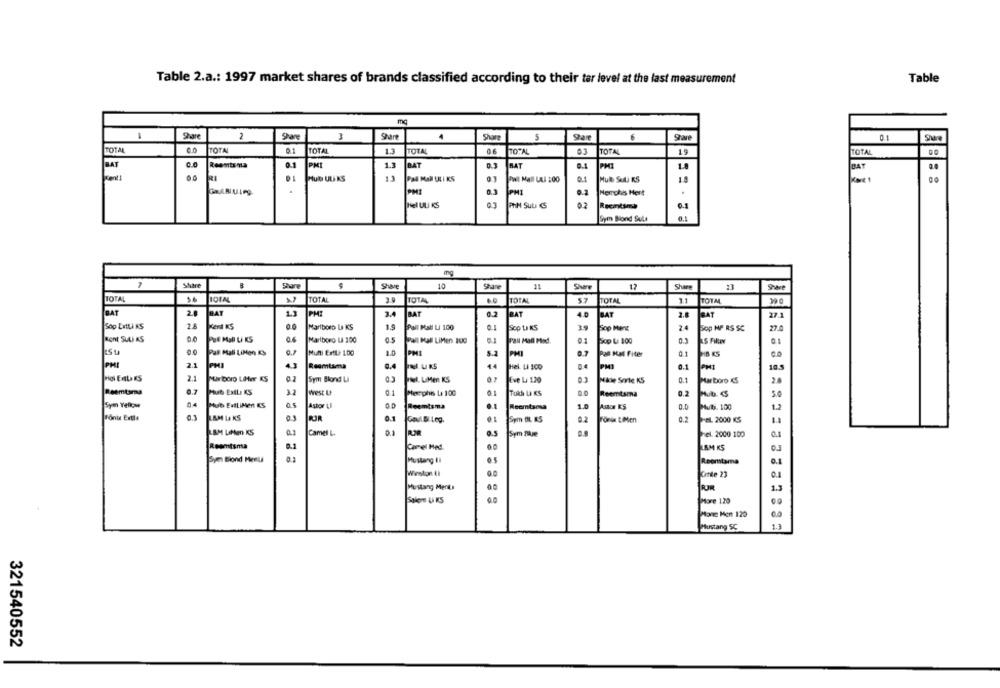
Table 2.a .: 1997 market shares of brands classified according to their tar level at the last measurement
Table
Share
2
Share
3
Start
Share
5
Sar
6
Save
01
Share
TOTAL
00
TOTAL
01
TOTAL
1.3
TOTAL
06
TOTAL
03
TOTAL
19
TOTAL
BAT
0.0
Reemtsma
0.1
PMI
1.1
BAT
0.3
BAT
PMI
0.1
BAT
Hul UL KS
POR MAH ULI KS
TWI Mall LAI 200
0.1
Hul SUL KS
PMI
Herrghis Hert
Hel ULI KS
PIN SuLi &
02
Reclama
0.1
Sym Biond Sula
mg
Share
Share
10
11
Share
17
Share
Share
TOTAL
TOTAL
3.0
TOTAL
TOTAL
57
TOTAL
1.1
TOTAL
BAT
20
BAT
PMT
3.4
BAT
0.2
BAT
4.0
BAT
2.8
EAT
27.1
25
Sop ErtLi KS
Marlboro La KS
1.9
Pall Mall Li 100
0.1
SOO LI KS
39
Sop Ment
Sop HP RS SC
22.8
Ront SUL AS
0.0
PUE MASB Li KS
Marlboro LI 200
Pall Mall LiMen 100
5.1
PAN Mall Misd.
Sop La 100
0.0
Pal Mall LiMen KS
Muni ExtLA 1.00
1.0
PHI
5.2
PHI
Pal Hal Fiter
0.1
28 KS
PHI
2.1
PHI
Reemtsma
0.4
44
Hel Li 100
PMI
10.5
2.1
0.2
Sym Blond Ll
Eve La 120
Mache Sorte KS
0.1
Marlboro KS
Reemtarna
Pub ExLE KS
32
west U
Toth LI KS
0.2
Memphis La 100
Sym Yellow
14
MUb ExILIMEn KS
Reemtsma
10
Astor KS
0.0
Muti. 100
1.2
Reemtsma
Font Extle
LAM La KS
03
0.1
Goul Bl Leg.
Sym BL KS
0.2
HeL. 2000 KS
LAM LaMen KS
Camel L
UR
3.5
Sym Page
hel. 2000 100
Reemtsma
0.1
Camel Med
18M KS
0.3
Syen Biond Menu
Mustang ti
Reomtama
0.1
Winston Et
Cinde 23
Mustang Ments
15
PUR
More 120
Mone Men 120
Mustang SC
321540552